Report on sanitation, dispensaries, and jails in Rajputana for 1919, and on vaccination for the year 1919-1920 - 1919-1920
Year: 1919
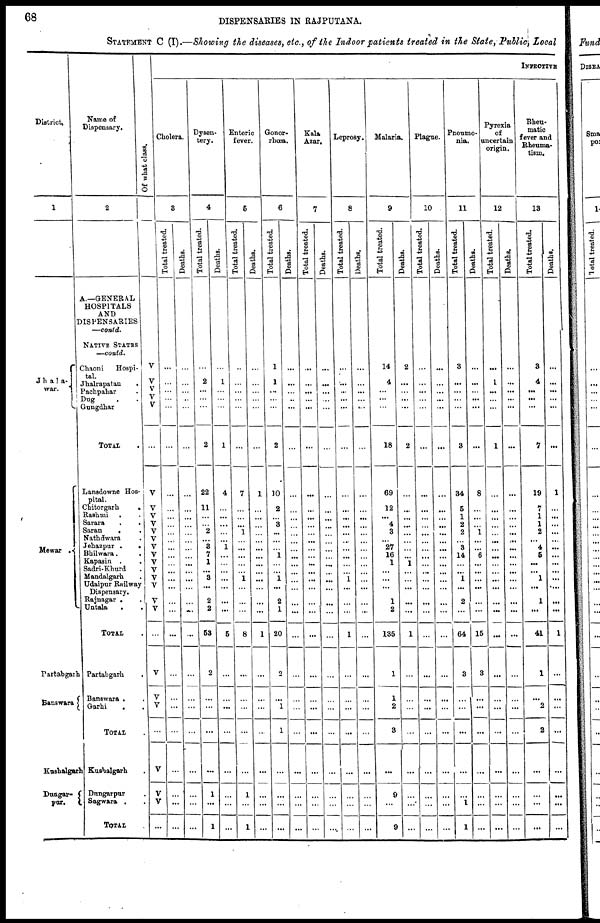
68
DISPENSARIES IN RAJPUTANA.
STATEMENT C (I).—Showing the diseases, etc., of the Indoor patients treated in the State, Public, Local
District.
1
Jhala¬
war.
Mewar .
Partabgarh
Banswara
Kushalgarh
Dungar¬
pur.
Name of
Dispensary.
2
A.—GENERAL
HOSPITALS
AND
DISPENSARIES
—contd.
NATIVE STATES
—contd.
Chaoni
Hospi-
tal.
Jhalrapatan .
Pachpahar .
Dug . .
Gungdhar . .
TOTAL .
Lansdowne Hos-
pital.
Chitorgarh
.
Rashmi . .
Sarara
.
.
Saran
. .
Nathdwara . .
Jehazpur .
.
Bhilwara.
.
Kapasin . .
Sadri-Khurd .
Mandalgarh .
Udaipur Railway
Dispensary.
Rajnagar . .
Untala
.
.
TOTAL .
Partabgarh
.
Banswara . .
Garhi
. .
TOTAL .
Kushalgarh .
Dungarpur .
Sagwara . .
TOTAL .
Of what class.
V
V
V
V
V
...
V
V
V
V
V
V
V
V
V
V
V
V
V
V
...
V
V
V
...
V
V
V
...
INFECTIVE
Cholera.
3
Total treated.
...
...
...
...
...
...
...
...
...
...
...
...
...
...
...
...
...
...
...
...
...
...
...
...
...
...
...
...
...
Deaths.
...
...
...
...
...
...
...
...
...
...
...
...
...
...
...
...
...
...
...
...
...
...
...
...
...
...
...
...
...
Dysen-
tery.
4
Total treated.
...
2
...
...
...
2
22
11
...
...
2
...
3
7
1
...
3
...
2
2
53
2
...
...
...
...
1
...
1
Deaths.
...
1
...
...
...
1
4
...
...
...
...
...
1
...
...
...
...
...
...
...
5
...
...
...
...
...
...
...
...
Enteric
fever.
5
Total treated.
..
...
...
...
...
...
7
...
...
...
1
...
...
...
...
...
1
...
...
...
8
...
...
...
...
...
1
...
1
Deaths.
...
...
...
...
...
...
1
...
...
...
...
...
...
...
...
...
...
...
...
...
1
...
...
...
...
...
...
...
...
Gonor-
rhœa.
6
Total treated.
1
1
...
...
...
2
10
2
...
3
...
...
...
1
...
...
1
...
2
1
20
2
...
1
1
...
...
...
...
Deaths.
...
...
...
...
...
...
...
...
...
...
...
...
...
...
...
...
...
...
...
...
...
...
...
...
...
...
...
...
...
Kala
Azar.
7
Total treated.
...
...
...
...
...
...
...
...
...
...
...
...
...
...
...
...
...
...
...
...
...
...
...
...
...
...
...
...
...
Deaths.
...
...
...
...
...
...
...
...
...
...
...
...
...
...
...
...
...
...
...
...
...
...
...
...
...
...
...
...
...
Leprosy.
8
Total treated.
...
...
...
...
...
...
...
...
...
...
...
...
...
...
...
...
1
...
...
...
1
...
...
...
...
...
...
...
...
Deaths.
...
...
...
...
...
...
...
...
...
...
...
...
...
...
...
...
...
...
...
...
...
...
...
...
...
...
...
...
...
Malaria.
9
Total treated.
14
4
...
...
...
18
69
12
...
4
3
...
27
16
1
...
...
...
1
2
135
1
1
2
3
...
9
...
9
Deaths.
2
...
...
...
...
2
...
...
...
...
...
...
...
...
1
...
...
...
...
...
1
...
...
...
...
...
...
...
...
Plague.
10
Total treated.
...
...
...
...
...
...
...
...
...
...
...
...
...
...
...
...
...
...
...
...
...
...
...
...
...
...
...
...
...
Deaths.
...
...
...
...
...
...
...
...
...
...
...
. ..
...
...
...
...
...
...
...
...
...
...
...
...
...
...
...
...
...
Pneumo-
nia.
11
Total treated.
3
...
...
...
...
3
34
5
1
2
2
...
3
14
...
...
1
...
2
...
64
3
...
...
...
...
...
1
1
Deaths.
...
...
...
...
...
...
8
...
...
...
1
...
...
6
...
...
...
...
...
...
15
3
...
...
...
...
...
...
...
Pyrexia
of
uncertain
origin.
12
Total treated.
...
1
...
...
...
1
...
...
...
...
...
...
...
...
...
...
...
...
...
...
...
...
...
...
...
...
...
...
...
Deaths.
...
...
...
...
...
...
...
...
...
...
...
...
...
...
...
...
...
...
...
...
...
...
...
...
...
...
...
...
...
Rheu-
matic
fever and
Rheuma-
tism.
13
Total treated.
3
4
...
...
...
7
19
7
1
1
2
...
4
5
...
...
1
...
1
...
41
1
...
2
2
...
...
...
...
Deaths.
...
...
...
...
...
...
1
...
...
...
...
...
...
...
...
...
...
....
...
...
1
...
...
...
...
...
...
...
...